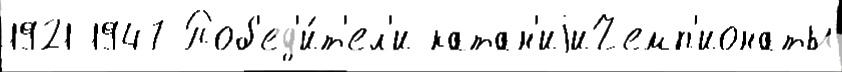
1921 1947 Поб'ед'и́т'ел'и катан'иjиЧемп'ионаты